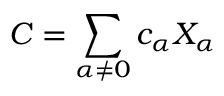
C = \sum _ { \alpha \neq 0 } c _ { \alpha } X _ { \alpha }